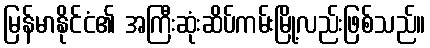
မြန်မာနိုင်ငံ၏ အကြီးဆုံးဆိပ်ကမ်းမြို့လည်းဖြစ်သည်။